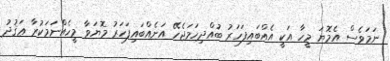
ނަމަވެސް އެމޮޔަ މީހާ އަކީ އެއްބައިފަހަރު ބުއްދިހަމަޖެހޭ އަނެއްބައިފަހަރު މޮޔަވާ މީހެއްނަމަކުރާ ޢަޤުދު